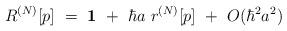
LaTeX: \begin{align*}R^{(N)} [p]\ =\ {\bf 1}\ +\ \hbar a\ r^{(N)} [p] \ +\ O(\hbar^{2} a^{2})\end{align*}